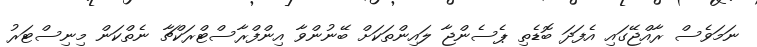
ނަމަވެސް ރާއްޖޭގައި އެފަދަ ބޮޑެތި ޕެސެންޖާ ލައިންތަކަށް ބޭނުންވާ އިންފްރާސްޓްރަކްޗާ ނެތްކަން މިނިސްޓަރު